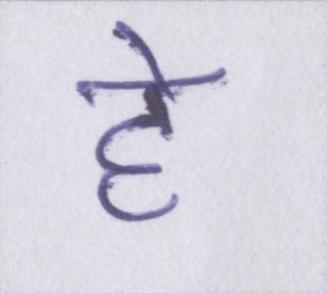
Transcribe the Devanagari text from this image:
हे